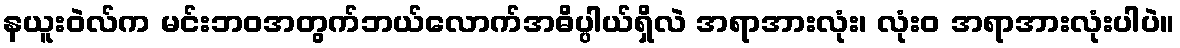
နယူးဝဲလ်က မင်းဘဝအတွက်ဘယ်လောက်အဓိပ္ပါယ်ရှိလဲ အရာအားလုံး၊ လုံး၀ အရာအားလုံးပါပဲ။